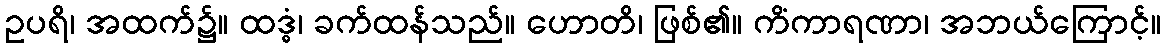
ဥပရိ၊ အထက်၌။ ထဒ္ဓံ၊ ခက်ထန်သည်။ ဟောတိ၊ ဖြစ်၏။ ကိံကာရဏာ၊ အဘယ်ကြောင့်။